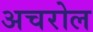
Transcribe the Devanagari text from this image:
अचरोल